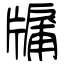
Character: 牖